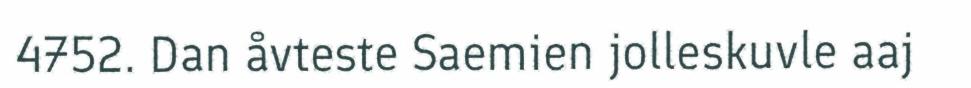
4752. Dan åvteste Saemien jolleskuvle aaj